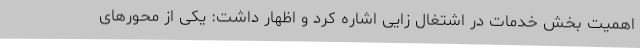
اهمیت بخش خدمات در اشتغال زایی اشاره کرد و اظهار داشت: ‌یکی از محورهای